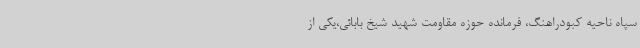
سپاه ناحیه کبودراهنگ، فرمانده حوزه مقاومت شهید شیخ بابائی،یکی از